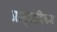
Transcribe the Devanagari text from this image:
प्रास्ताविकम